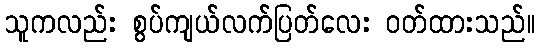
သူကလည်း စွပ်ကျယ်လက်ပြတ်လေး ဝတ်ထားသည်။